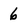
Character: 6